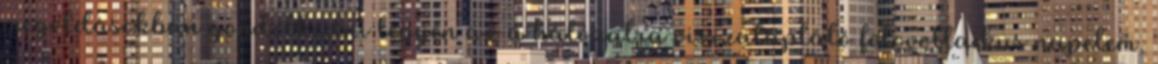
megoldásokban gondolkodni legyen az a hálózatra visszatápláló fotovoltaikus napelem,